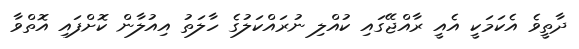
ދާތީވެ އެކަމަކީ އެއީ ރާއްޖޭގައި ކުއްލި ނުރައްކަލުގެ ހާލަތު އިއުލާން ކޮށްފައި އޮތްވާ